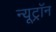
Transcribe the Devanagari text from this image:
न्यूट्राॅन